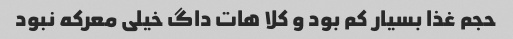
حجم غذا بسیار کم بود و کلا هات داگ خیلی معرکه نبود